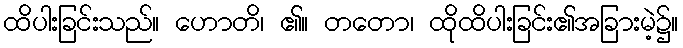
ထိပါးခြင်းသည်။ ဟောတိ၊ ၏။ တတော၊ ထိုထိပါးခြင်း၏အခြားမဲ့၌။